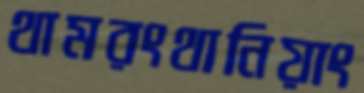
থামরংথানিয়াং